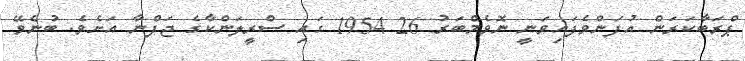
ޕްރަބާކަރަން އުފަންވެފައިވަނީ ނޮވެމްބަރު 26 1954 ގައި ސްރީލަންކާގެ ޖަފްނާ އަށެވެ. ބުނެވޭ